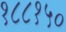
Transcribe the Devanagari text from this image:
१८८१५०